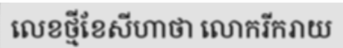
លេខថ្មីខែសីហាថា លោករីករាយ